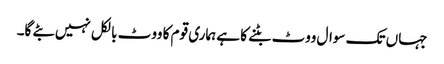
جہاں تک سوال ووٹ بٹنے کا ہے ہماری قوم کا ووٹ بالکل نہیں بٹے گا۔